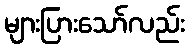
များပြားသော်လည်း